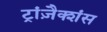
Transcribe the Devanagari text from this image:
ट्रांज़ैक्शंस